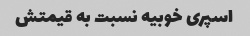
اسپری خوبیه نسبت به قیمتش